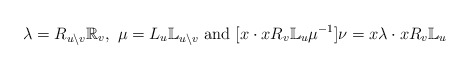
\begin{align*}\lambda =R_{u\backslash v}\mathbb{R}_v,~\mu=L_u\mathbb{L}_{u\backslash v}~\textrm{and}~[x\cdot xR_v\mathbb{L}_u\mu^{-1}]\nu=x\lambda\cdot xR_v\mathbb{L}_u\end{align*}